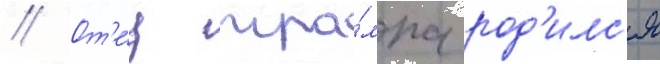
// От'е́ц тра́мпа род'илс'я